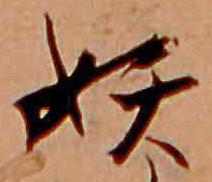
妖